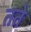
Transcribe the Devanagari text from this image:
तते